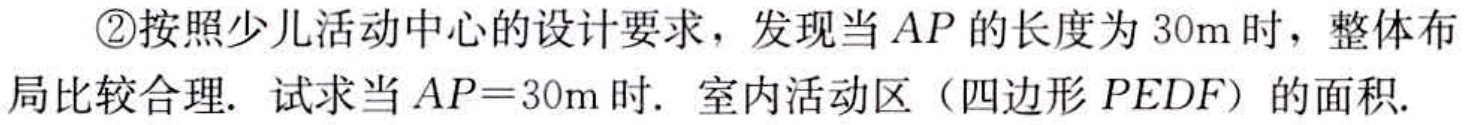
\textcircled{2}按照少儿活动中心的设计要求，发现当 \(AP\) 的长度为 \(30\text{m}\) 时，整体布局比较合理. 试求当 \(AP = 30\text{m}\) 时. 室内活动区（四边形 \(PEDF\)）的面积.